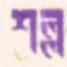
শল্ল